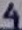
Text: 4